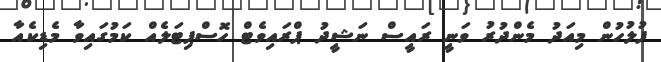
ފުލުހުން މިއަދު މެންދުރު ވަނީ ރައީސް ނަޝީދު ޕްރައިވެޓް ހޮސްޕިޓަލެއް ކަމުގައިވާ މެޑިކެއާ